Indian journal of veterinary science and animal husbandry - Volumes 22-23, 1952-1953
Year: 1952
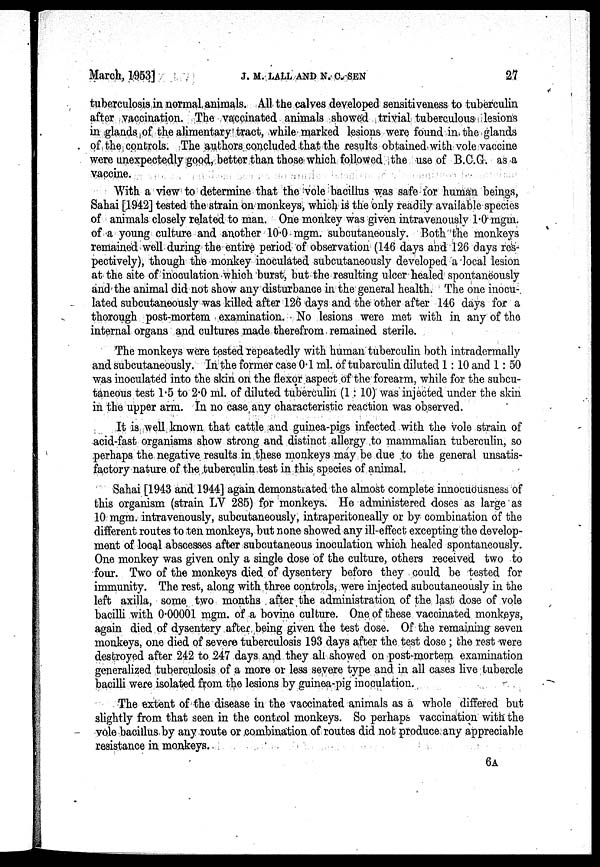
March, 1953]
J. M. LALL AND N.
C.
SEN
27
tuberculosis in normal animals. All the calves developed sensitiveness to tuberculin
after vaccination. The vaccinated animals showed trivial tuberculous lesions
in glands of the alimentary tract, while marked lesions were found in the glands
of the controls. The authors concluded that the results obtained with vole vaccine
were unexpectedly good, better than those which followed the use of B.C.G. as a
vaccine.
With a view to determine that the vole bacillus was safe for human beings,
Sahai [1942] tested the strain on monkeys, which is the only readily available species
of animals closely related to man. One monkey was given intravenously 1.0 mgm.
of a young culture and another 10.0 mgm. subcutaneously. Both the monkeys
remained well during the entire period of observation (146 days and 126 days res-
pectively), though the monkey inoculated subcutaneously developed a local lesion
at the site of inoculation which burst, but the resulting ulcer healed spontaneously
and the animal did not show any disturbance in the general health. The one inocu-
lated subcutaneously was killed after 126 days and the other after 146 days for a
thorough post-mortem examination. No lesions were met with in any of the
internal organs and cultures made therefrom remained sterile.
The monkeys were tested repeatedly with human tuberculin both intradermally
and subcutaneously. In the former case 0.1 ml. of tubarculin diluted 1:10 and 1:50
was inoculated into the skin on the flexor aspect of the forearm, while for the subcu-
taneous test 1.5 to 2.0 ml. of diluted tuberculin (1:10) was injected under the skin
in the upper arm. In no case any characteristic reaction was observed.
It is well known that cattle and guinea-pigs infected with the vole strain of
acid-fast organisms show strong and distinct allergy ,to mammalian tuberculin, so
perhaps the negative results in these monkeys may be due to the general unsatis-
factory nature of the tuberculin test in this species of animal.
Sahai [1943 and 1944] again demonstrated the almost complete innocuousness of
this organism (strain LV 285) for monkeys. He administered doses as large as
10 mgm. intravenously, subcutaneously, intraperitoneally or by combination of the
different routes to ten monkeys, but none showed any ill-effect excepting the develop-
ment of local abscesses after subcutaneous inoculation which healed spontaneously.
One monkey was given only a single dose of the culture, others received two to
four. Two of the monkeys died of dysentery before they could be tested for
immunity. The rest, along with three controls, were injected subcutaneously in the
left axilla, some two months after the administration of the last dose of vole
bacilli with 0.00001 mgm. of a bovine culture. One of these vaccinated monkeys,
again died of dysentery after being given the test dose. Of the remaining seven
monkeys, one died of severe tuberculosis 193 days after the test dose; the rest were
destroyed after 242 to 247 days and they all showed on post-mortem examination
generalized tuberculosis of a more or less severe type and in all cases live tubercle
bacilli were isolated from the lesions by guinea-pig inoculation.
The extent of the disease in the vaccinated animals as a whole differed but
slightly from that seen in the control monkeys. So perhaps vaccination with the
vole bacillus by any route or combination of routes did not produce any appreciable
resistance in monkeys.
6A